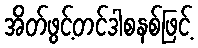
အိတ်ဖွင့်တင်ဒါစနစ်ဖြင့်